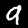
Label: 9